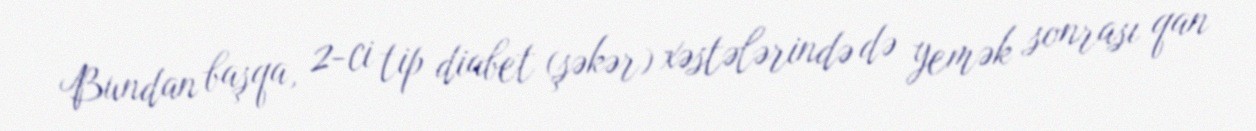
Bundan başqa, 2-ci tip diabet (şəkər) xəstələrində də yemək sonrası qan